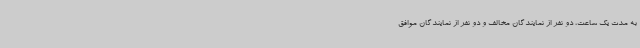
به مدت یک ساعت، دو نفر از نمایندگان مخالف و دو نفر از نمایندگان موافق